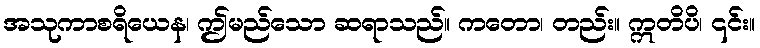
အသုကာစရိယေန၊ ဤမည်သော ဆရာသည်။ ကတော၊ တည်း။ ဣတိပိ၊ ၎င်း။